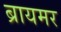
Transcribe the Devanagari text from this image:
ब्रायमर